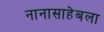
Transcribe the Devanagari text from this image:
नानासाहेबला